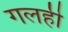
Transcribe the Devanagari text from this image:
गलही